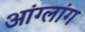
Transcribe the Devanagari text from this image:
आंग्लांग